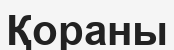
Қораны